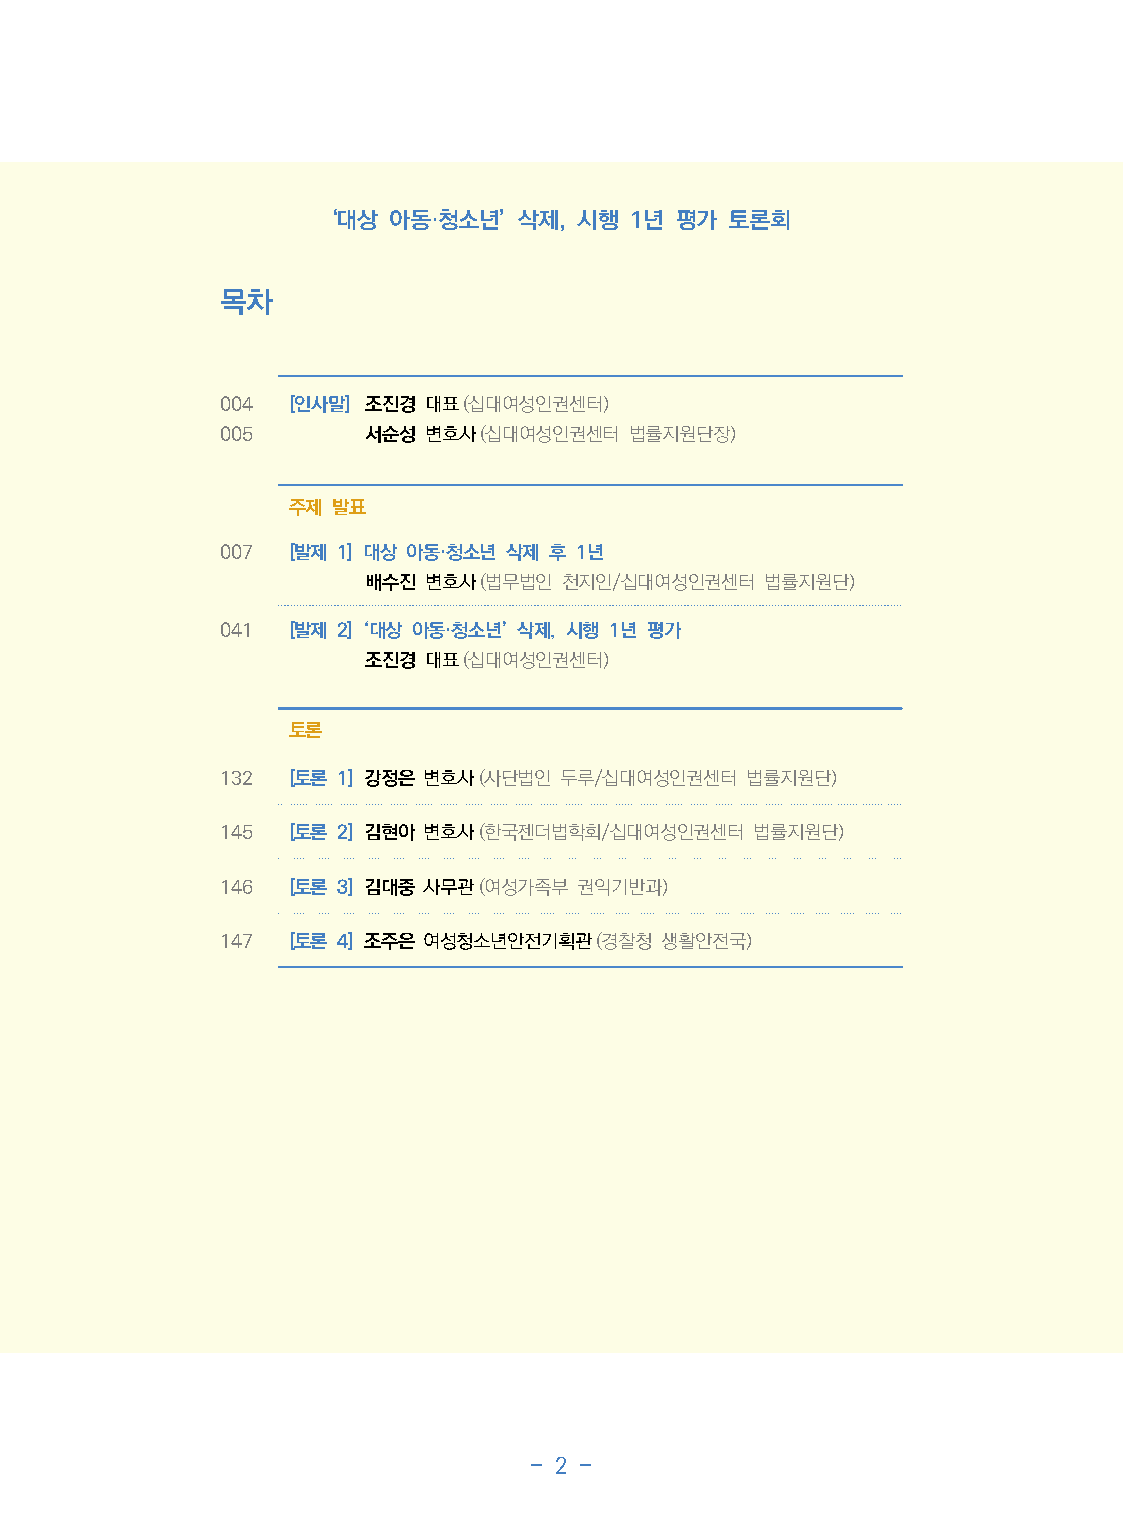
‘대상 아동·청소년’  삭제, 시행 1년 평가 토론회
 목차
 004 [인사말] 조진경 대표(십대여성인권센터)
 005      서순성 변호사(십대여성인권센터  법률지원단장)
 주제 발표
 007 [발제 1] 대상 아동·청소년 삭제 후 1년
 배수진 변호사(법무법인 천지인/십대여성인권센터  법률지원단)
 041 [발제 2] ‘대상 아동·청소년’ 삭제, 시행 1년 평가
 조진경 대표(십대여성인권센터)
 토론
 132 [토론 1] 강정은 변호사(사단법인 두루/십대여성인권센터 법률지원단)
 145 [토론 2] 김현아 변호사(한국젠더법학회/십대여성인권센터 법률지원단)
 146 [토론 3] 김대중 사무관(여성가족부 권익기반과)
 147 [토론 4] 조주은 여성청소년안전기획관(경찰청 생활안전국)
 - 2 -